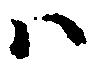
ハ